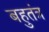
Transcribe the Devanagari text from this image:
बहुतंत्र